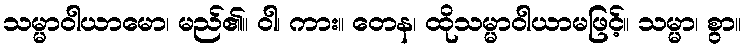
သမ္မာဝါယာမော၊ မည်၏။ ဝါ၊ ကား။ တေန၊ ထိုသမ္မာဝါယာမဖြင့်။ သမ္မာ၊ စွာ။